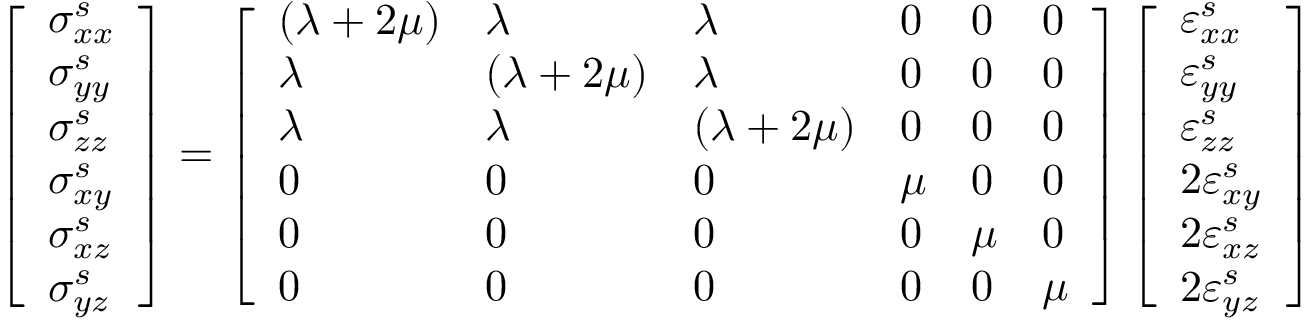
\begin{array} { r } { \left[ \begin{array} { l } { \sigma _ { x x } ^ { s } } \\ { \sigma _ { y y } ^ { s } } \\ { \sigma _ { z z } ^ { s } } \\ { \sigma _ { x y } ^ { s } } \\ { \sigma _ { x z } ^ { s } } \\ { \sigma _ { y z } ^ { s } } \end{array} \right] = \left[ \begin{array} { l l l l l l } { ( \lambda + 2 \mu ) } & { \lambda } & { \lambda } & { 0 } & { 0 } & { 0 } \\ { \lambda } & { ( \lambda + 2 \mu ) } & { \lambda } & { 0 } & { 0 } & { 0 } \\ { \lambda } & { \lambda } & { ( \lambda + 2 \mu ) } & { 0 } & { 0 } & { 0 } \\ { 0 } & { 0 } & { 0 } & { \mu } & { 0 } & { 0 } \\ { 0 } & { 0 } & { 0 } & { 0 } & { \mu } & { 0 } \\ { 0 } & { 0 } & { 0 } & { 0 } & { 0 } & { \mu } \end{array} \right] \left[ \begin{array} { l } { \varepsilon _ { x x } ^ { s } } \\ { \varepsilon _ { y y } ^ { s } } \\ { \varepsilon _ { z z } ^ { s } } \\ { 2 \varepsilon _ { x y } ^ { s } } \\ { 2 \varepsilon _ { x z } ^ { s } } \\ { 2 \varepsilon _ { y z } ^ { s } } \end{array} \right] } \end{array}